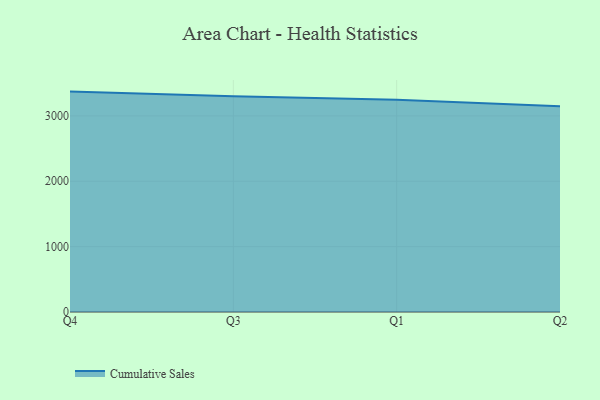
{"axis": {"x": "Quarter", "y": "Budget (USD K)"}, "legend": ["Cumulative Sales"], "data": [{"x": "Q4", "y": 3372.0, "type": "Cumulative Sales"}, {"x": "Q3", "y": 3302.1, "type": "Cumulative Sales"}, {"x": "Q1", "y": 3248.1, "type": "Cumulative Sales"}, {"x": "Q2", "y": 3148.7, "type": "Cumulative Sales"}]}